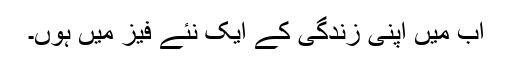
اب میں اپنی زندگی کے ایک نئے فیز میں ہوں۔